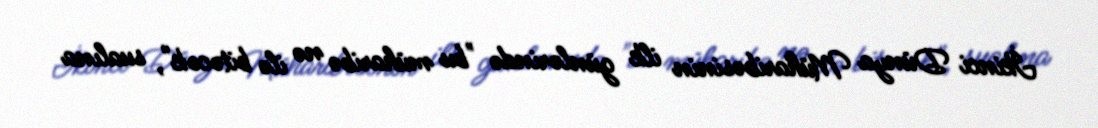
İkinci Dünya Müharibəsinin ilk günlərində "bu müharibə nə ilə bitəcək", sualına